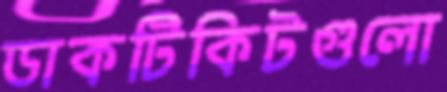
ডাকটিকিটগুলো